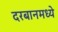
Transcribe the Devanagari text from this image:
दरबानमध्ये